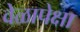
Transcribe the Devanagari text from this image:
वेळापेक्षा